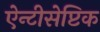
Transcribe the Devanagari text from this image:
ऐन्टीसेप्टिक